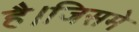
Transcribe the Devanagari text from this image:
है।जिसमे